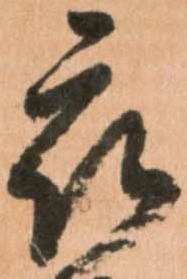
被